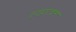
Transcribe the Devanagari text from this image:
स्वप्नरचना